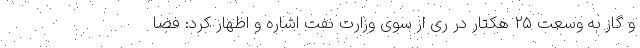
و گاز به وسعت ۲۵ هکتار در ری از سوی وزارت نفت اشاره و اظهار کرد: فضا